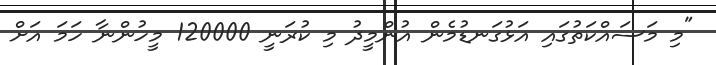
"މި މަސައްކަތުގައި އަޅުގަނޑުމެން އުންމީދު މި ކުރަނީ 120000 މީހުންނާ ހަމަ އަށް